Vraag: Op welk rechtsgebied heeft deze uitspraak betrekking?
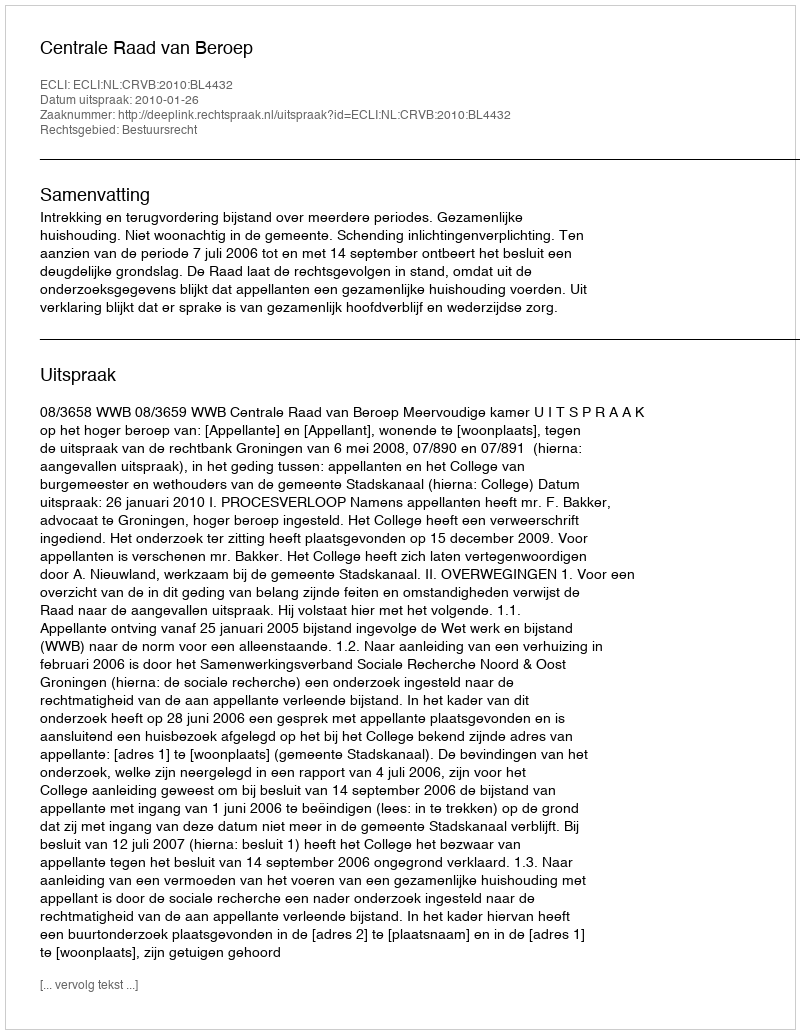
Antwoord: Bestuursrecht